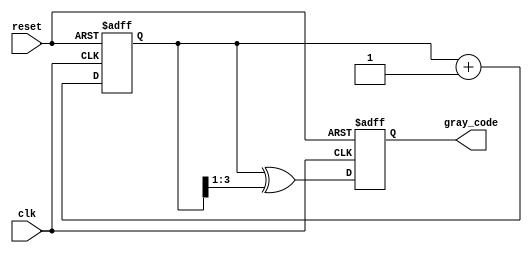
module gray_code_counter #(
    parameter N = 4  // Parameter for the bit width of the counter
)(
    input wire clk,          // Clock signal
    input wire reset,        // Asynchronous reset signal
    output reg [N-1:0] gray_code // N-bit Gray code output
);

    reg [N-1:0] binary_count; // N-bit binary counter

    // Binary to Gray code conversion
    function [N-1:0] binary_to_gray;
        input [N-1:0] binary;
        begin
            binary_to_gray = binary ^ (binary >> 1);
        end
    endfunction

    // Sequential logic for the counter
    always @(posedge clk or posedge reset) begin
        if (reset) begin
            binary_count <= 0; // Reset binary counter to 0
            gray_code <= 0;    // Reset Gray code output to 0
        end else begin
            binary_count <= binary_count + 1; // Increment binary counter
            gray_code <= binary_to_gray(binary_count); // Convert to Gray code
        end
    end

endmodule